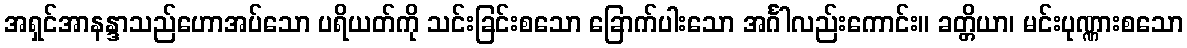
အရှင်အာနန္ဒာသည်ဟောအပ်သော ပရိယတ်ကို သင်းခြင်းစသော ခြောက်ပါးသော အင်္ဂါလည်းကောင်း။ ခတ္တိယာ၊ မင်းပုဏ္ဏားစသော